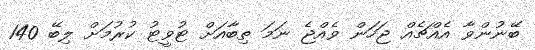
ބޭނުންވާ އެއްޗެއް ޖަހަން ވެއްޖެ ނަމަ ތިބާއަށް ޓުވީޓު ކުރުމަށް ލިބޭ 140